Indian Civil Veterinary Department memoirs
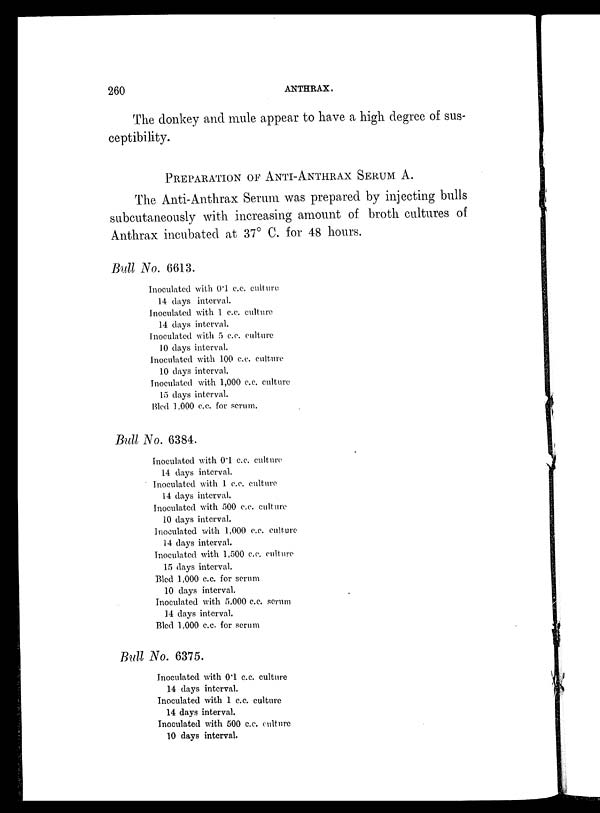
260
ANTHRAX.
The donkey and mule appear to have a high degree of sus-
ceptibility.
PREPARATION OF ANTI-ANTHRAX SERUM A.
The Anti-Anthrax Serum was prepared by injecting bulls
subcutaneonsly with increasing amount of. broth cultures of
Anthrax incubated at 37° C. for 48 hours.
Bull No. 6613.
Inoculated with 0.1 c.c. culture
14 days interval.
Inoculated with 1 c.c. culture
14 days interval.
inoculated with 5 c.c. culture
10 days interval.
Inoculated with 100 c.c. culture
10 days interval.
Inoculated with 1,000 c.c. culture
15 days interval.
Bled 1,000 c.c. for serum.
Bull No. 6384.
Inoculated with 0.1 c.c. culture
14 days interval.
Inoculated with 1 c.c. culture
14 days interval.
Inoculated with 500 c.c. culture
10 days interval.
Inoculated with 1,000 c.c. culture
14 days interval.
Inoculated with 1,500 c.c. culture
15 days interval.
Bled 1,000 c.c. for serum
10 days interval.
Inoculated with 5,000 c.c. serum
14 days interval.
Bled 1,000 c.c. for serum
Bull No. 6375.
Inoculated with 0.1 c.c. culture
14 days interval.
Inoculated with 1 c.c. culture
14 days interval.
Inoculated with 500 c.c. culture
10 days interval.